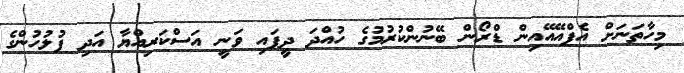
މިހާތަނަށް އެފްއޭއޭއިން ޑްރޯން ބޭނުންކުރުމުގެ ހުއްދަ ދީފައި ވަނީ އަސްކަރިއްޔާ އަދި ފުލުހުންގެ